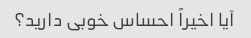
آیا اخیراً احساس خوبی دارید؟